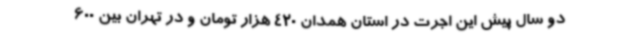
دو سال پیش این اجرت در استان همدان 420 هزار تومان و در تهران بین 600